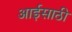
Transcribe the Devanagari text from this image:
आईसाठी